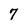
Character: 7